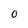
Character: 0